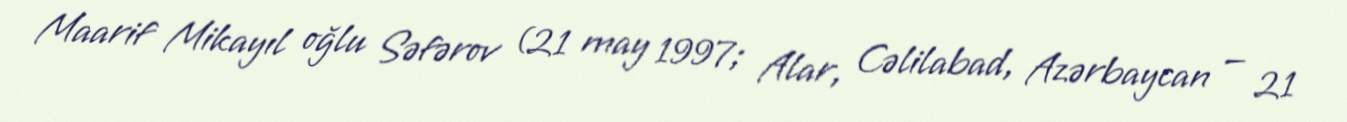
Maarif Mikayıl oğlu Səfərov (21 may 1997; Alar, Cəlilabad, Azərbaycan — 21